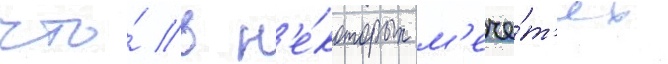
что́ в н'е́которых м'ече́т'ях